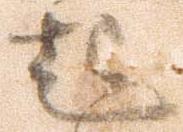
起